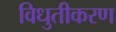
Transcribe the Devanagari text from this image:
विधुतीकरण